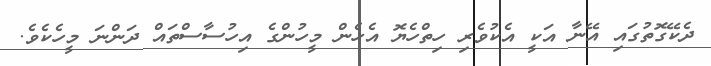
ދެކޭގޮތުގައި އޭނާ އަކީ އެކުވެރި ހިތްހެޔޮ އެހެން މީހުންގެ އިހުސާސްތައް ދަންނަ މީހެކެވެ.